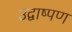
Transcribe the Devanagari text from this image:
उद्वाष्पण